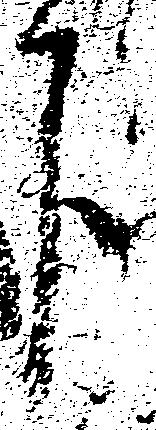
下